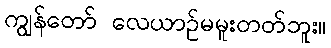
ကျွန်တော် လေယာဉ်မမူးတတ်ဘူး။